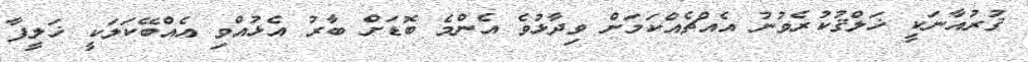
ޤުރުއާނަކީ ޚަލްޤުކުރެވުނު އެއްޗެއްކަމަށް ވިދާޅުވެ އެންމެ ބޮޑަށް ބާރު އެޅުއްވި އެއްބޭކަލަކީ ޚަލީފާ